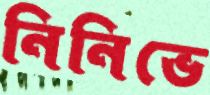
নিনিভে